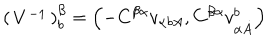
LaTeX: \left( \begin{matrix} { { V ^ { - { 1 } } } } \\ \end{matrix} \right) _ { { b } } ^ { { \beta } } = \left( - C ^ { { \beta } { \alpha } } v _ { { \alpha } { { b } A } } , C ^ { { \beta } { \alpha } } v _ { { \alpha } { \dot { A } } } ^ { { b } } \right)